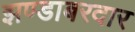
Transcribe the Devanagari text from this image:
झण्डाबरदार